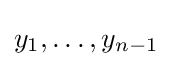
y_{1},\ldots ,y_{n-1}